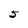
Character: 5